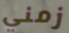
زمني